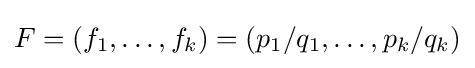
F=(f_{1},\dots ,f_{k})=(p_{1}/q_{1},\dots ,p_{k}/q_{k})